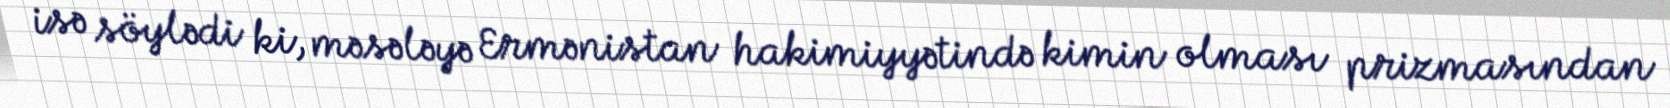
isə söylədi ki, məsələyə Ermənistan hakimiyyətində kimin olması prizmasından